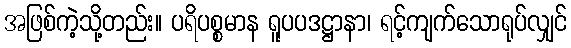
အဖြစ်ကဲ့သို့တည်း။ ပရိပစ္စမာန ရူပပဒဋ္ဌာနာ၊ ရင့်ကျက်သောရုပ်လျှင်